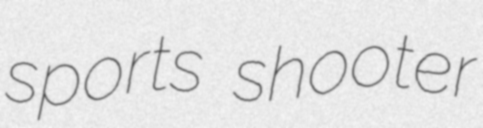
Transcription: sports shooter